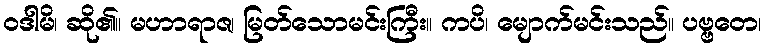
ဝဒါမိ၊ ဆို၏။ မဟာရာဇ၊ မြတ်သောမင်းကြီး။ ကပိ၊ မျောက်မင်းသည်။ ပဗ္ဗတေ၊